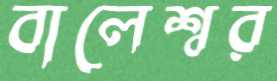
বালেশ্বর